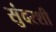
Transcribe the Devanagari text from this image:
सुंदरशी